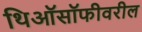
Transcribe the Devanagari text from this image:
थिऑसॉफीवरील